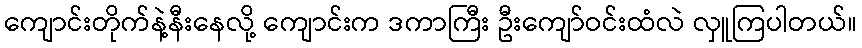
ကျောင်းတိုက်နဲ့နီးနေလို့ ကျောင်းက ဒကာကြီး ဦးကျော်ဝင်းထံလဲ လှူကြပါတယ်။